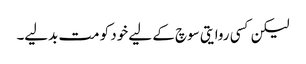
لیکن کسی روایتی سوچ کے لیے خود کو مت بدلیے۔